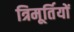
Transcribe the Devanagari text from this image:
त्रिमूर्तियों